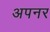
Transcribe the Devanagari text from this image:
अपनर